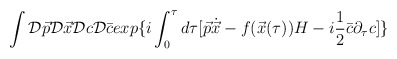
\begin{align*}\int {\cal D}\vec{p}{\cal D}\vec{x}{\cal D}c{\cal D}\bar{c} exp\{ i\int_{0}^{\tau} d\tau [ \vec{p}\dot{\vec{x}} - f(\vec{x}(\tau))H - i\frac{1}{2}\bar{c}\partial_{\tau}c]\}\end{align*}